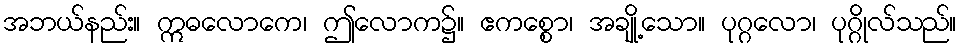
အဘယ်နည်း။ ဣဓလောကေ၊ ဤလောက၌။ ဧကစ္စော၊ အချို့သော။ ပုဂ္ဂလော၊ ပုဂ္ဂိုလ်သည်။